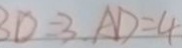
B D = 3 A D = 4